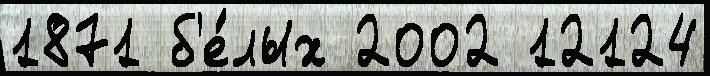
1871 б'е́лых 2002 12124